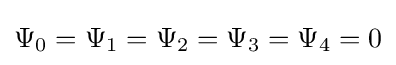
\Psi _{0}=\Psi _{1}=\Psi _{2}=\Psi _{3}=\Psi _{4}=0